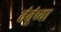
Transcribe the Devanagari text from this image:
तंतूंच्या